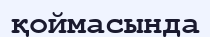
қоймасында